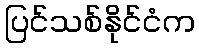
ပြင်သစ်နိုင်ငံက